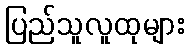
ပြည်သူလူထုများ